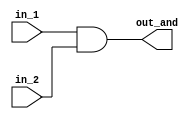
`timescale 1ns / 1ps
//////////////////////////////////////////////////////////////////////////////////
// Company: 
// Engineer: 
// 
// Design Name: 
// Module Name:    and_gate 
// Project Name: 
// Target Devices: 
// Tool versions: 
// Description: 
//
// Dependencies: 
//
// Revision: 
// Revision 0.01 - File Created
// Additional Comments: 
//
//////////////////////////////////////////////////////////////////////////////////
module and_gate(
    input in_1,
    input in_2,
    output out_and
    );
assign out_and = in_1 & in_2 ;

endmodule